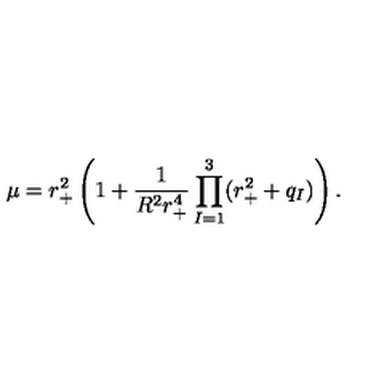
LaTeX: \mu = r _ { + } ^ { 2 } \left( 1 + \frac { 1 } { R ^ { 2 } r _ { + } ^ { 4 } } \prod _ { I = 1 } ^ { 3 } ( r _ { + } ^ { 2 } + q _ { I } ) \right) .